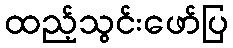
ထည့်သွင်းဖော်ပြ